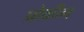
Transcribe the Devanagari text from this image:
प्रोकीन